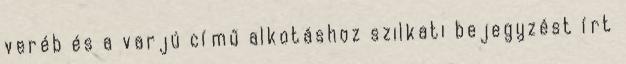
veréb és a varjú című alkotáshoz szilkati bejegyzést írt